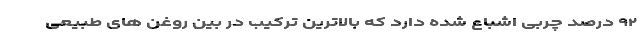
۹۲ درصد چربی اشباع شده دارد که بالاترین ترکیب در بین روغن‌ های طبیعی